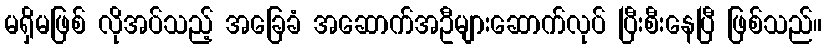
မရှိမဖြစ် လိုအပ်သည့် အခြေခံ အဆောက်အဦများဆောက်လုပ် ပြီးစီးနေပြီ ဖြစ်သည်။